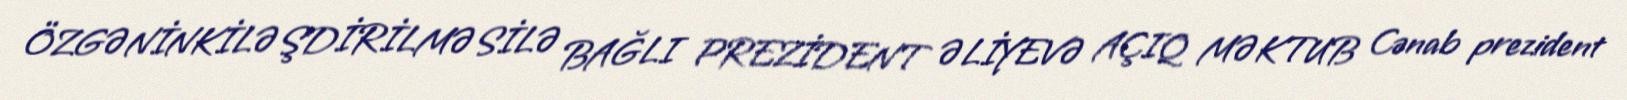
ÖZGƏNİNKİLƏŞDİRİLMƏSİLƏ BAĞLI PREZİDENT ƏLİYEVƏ AÇIQ MƏKTUB Cənab prezident